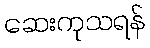
ဆေးကုသရန်